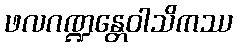
ဖလဂဏ္ဍန္တေဝါသိကဿ